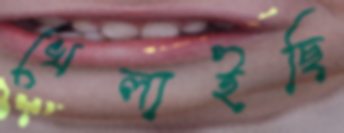
খেলাইছি